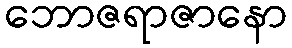
ဘောဇရာဇာနော